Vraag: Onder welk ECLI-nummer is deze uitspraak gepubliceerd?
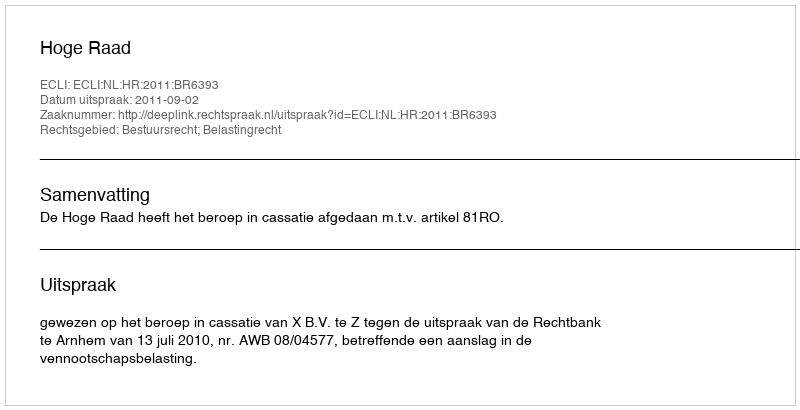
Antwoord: ECLI:NL:HR:2011:BR6393